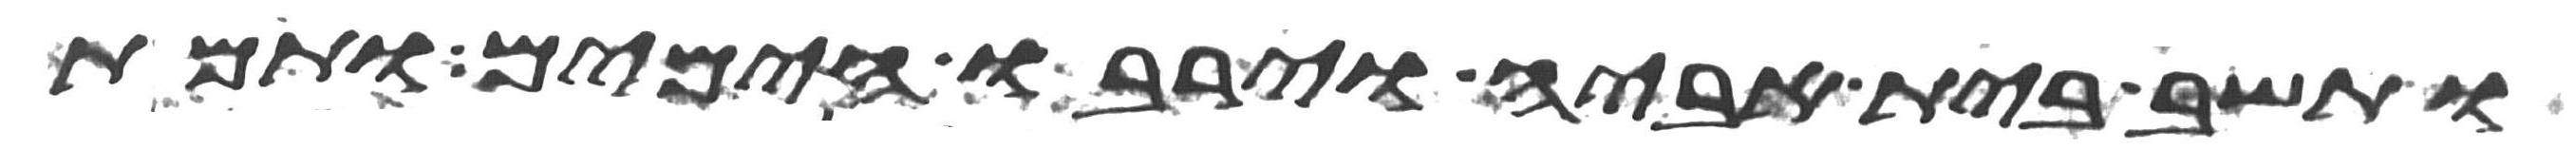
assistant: ותשב בית אביה וירבו הימים ותמת